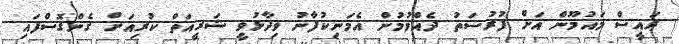
ރައީސް މައުމޫން އަށް ފުރުސަތު ދެއްވުމުން އެމަނިކުފާނު ވިދާޅުވީ ޝަރީއަތް ކުރިއަށް ގެންގޮސްފައިި